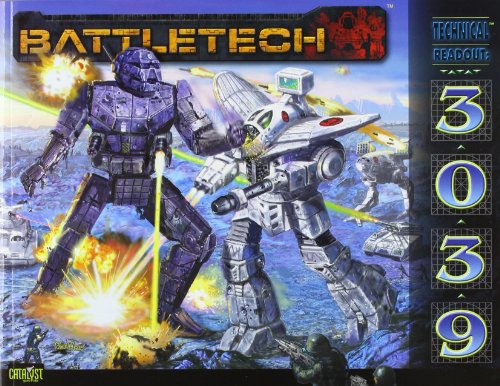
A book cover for Battletech Technical Readout 3039; Catalyst Game Labs; Science Fiction & Fantasy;